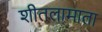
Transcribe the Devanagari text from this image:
शीतलामाता